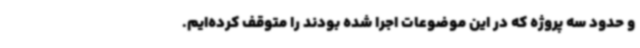
و حدود سه پروژه که در این موضوعات اجرا شده بودند را متوقف کرده‌ایم.